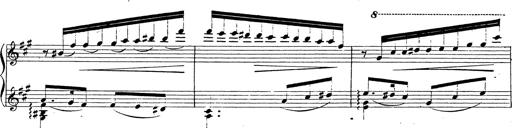
Title: Chanson bohÃ©mienne
Composer: Franz Liszt